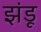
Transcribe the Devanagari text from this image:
झंडू